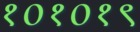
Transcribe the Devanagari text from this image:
१०१०१९